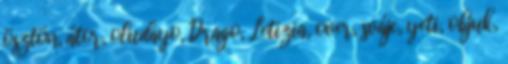
ösztön, átor, oludayo, Drago, Letizia, over, svájc, yeti, objuk,